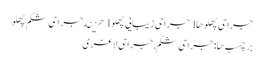
جراحی پهلوها l جراحی زیبایی پهلو l هزینه جراحی شکم پهلو
برچسب ها: جراحی شکم,جراحی لاغری